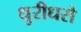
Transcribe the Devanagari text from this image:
धुरीधरो